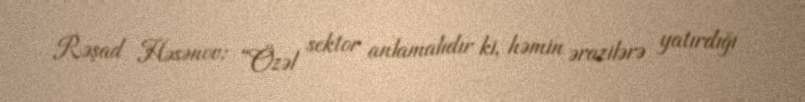
Rəşad Həsənov: “Özəl sektor anlamalıdır ki, həmin ərazilərə yatırdığı